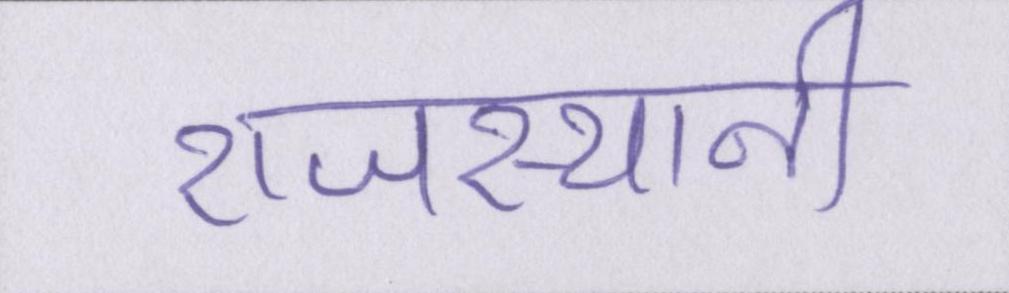
राजस्थानी